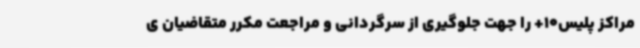
مراکز پلیس10+ را جهت جلوگیری از سرگردانی و مراجعت مکرر متقاضیان ی